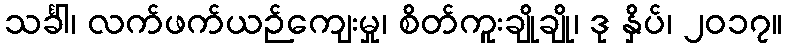
သင်္ခါ၊ လက်ဖက်ယဉ်ကျေးမှု၊ စိတ်ကူးချိုချို၊ ဒု နှိပ်၊ ၂၀၁၇။